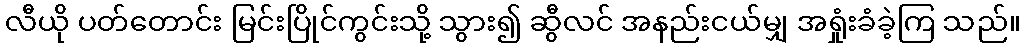
လီယို ပတ်တောင်း မြင်းပြိုင်ကွင်းသို့ သွား၍ ဆွီလင် အနည်းငယ်မျှ အရှုံးခံခဲ့ကြ သည်။